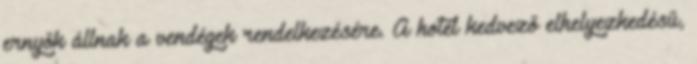
ernyők állnak a vendégek rendelkezésére. A hotel kedvező elhelyezkedésű,